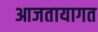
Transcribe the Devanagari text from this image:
आजतायागत